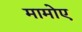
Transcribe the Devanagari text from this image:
मामोए